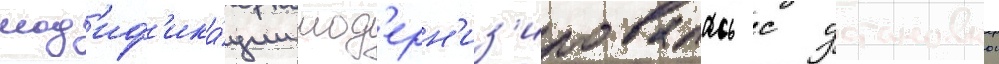
мод'иф'ика́ции мод'ерн'из'ировалась с установкои